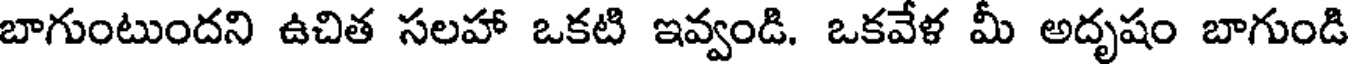
బాగుంటుందని ఉచిత సలహా ఒకటి ఇవ్వండి. ఒకవేళ మీ అదృషం బాగుండి